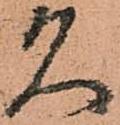
久